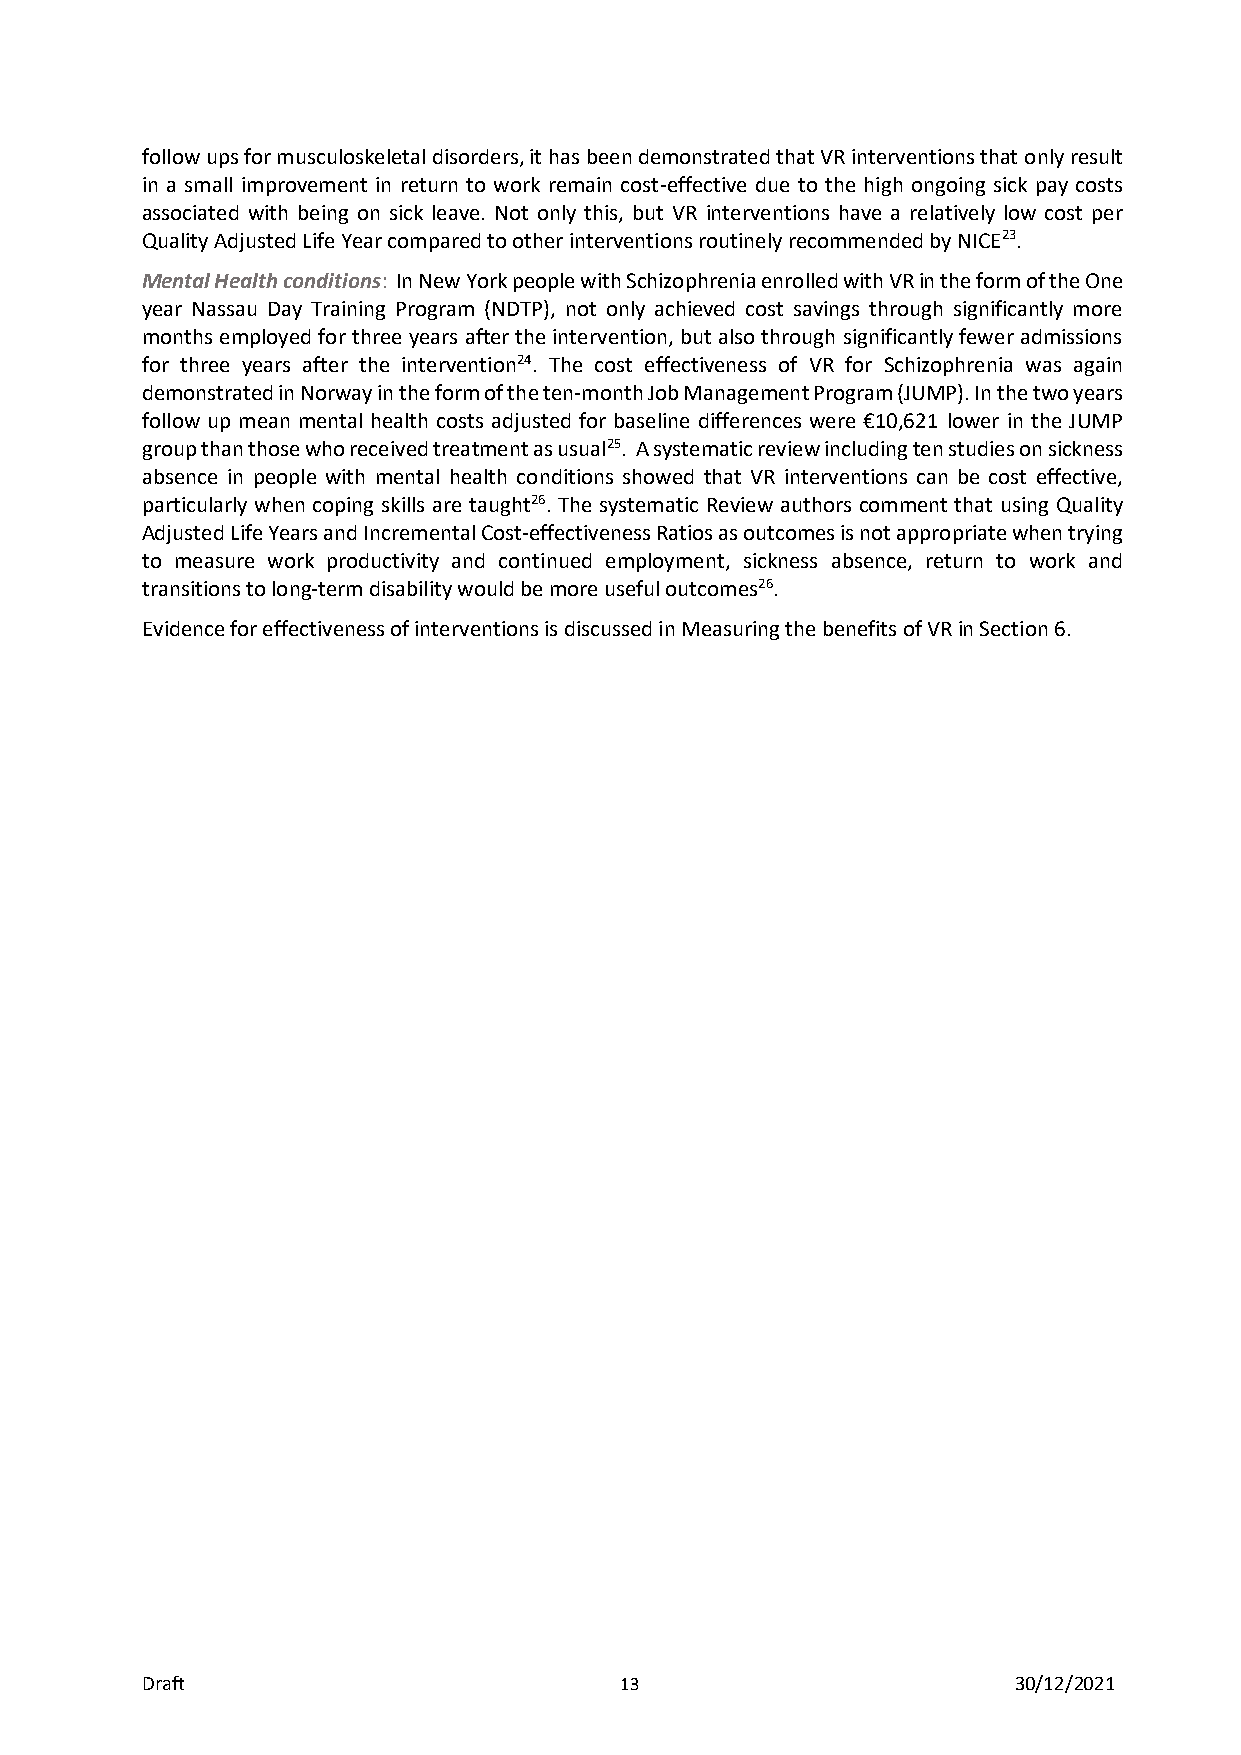
follow ups for musculoskeletal disorders, it has been demonstrated that VR interventions that only result
 in a small improvement in return to work remain cost-effective due to the high ongoing sick pay costs
 associated with being on sick leave. Not only this, but VR interventions have a relatively low cost per
 Quality Adjusted Life Year compared to other interventions routinely recommended by NICE23.
 Mental Health conditions: In New York people with Schizophrenia enrolled with VR in the form of the One
 year Nassau Day Training Program (NDTP), not only achieved cost savings through significantly more
 months employed for three years after the intervention, but also through significantly fewer admissions
 for three years after the intervention24. The cost effectiveness of VR for Schizophrenia was again
 demonstrated in Norway in the form of the ten-month Job Management Program (JUMP). In the two years
 follow up mean mental health costs adjusted for baseline differences were €10,621 lower in the JUMP
 group than those who received treatment as usual25. A systematic review including ten studies on sickness
 absence in people with mental health conditions showed that VR interventions can be cost effective,
 particularly when coping skills are taught26. The systematic Review authors comment that using Quality
 Adjusted Life Years and Incremental Cost-effectiveness Ratios as outcomes is not appropriate when trying
 to measure work productivity and continued employment, sickness absence, return to work and
 transitions to long-term disability would be more useful outcomes26.
 Evidence for effectiveness of interventions is discussed in Measuring the benefits of VR in Section 6.
 Draft                           13                        30/12/2021